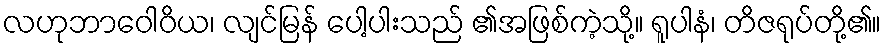
လဟုဘာဝေါဝိယ၊ လျင်မြန် ပေါ့ပါးသည် ၏အဖြစ်ကဲ့သို့။ ရူပါနံ၊ တိဇရုပ်တို့၏။